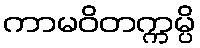
ကာမဝိတက္ကမ္ပိ